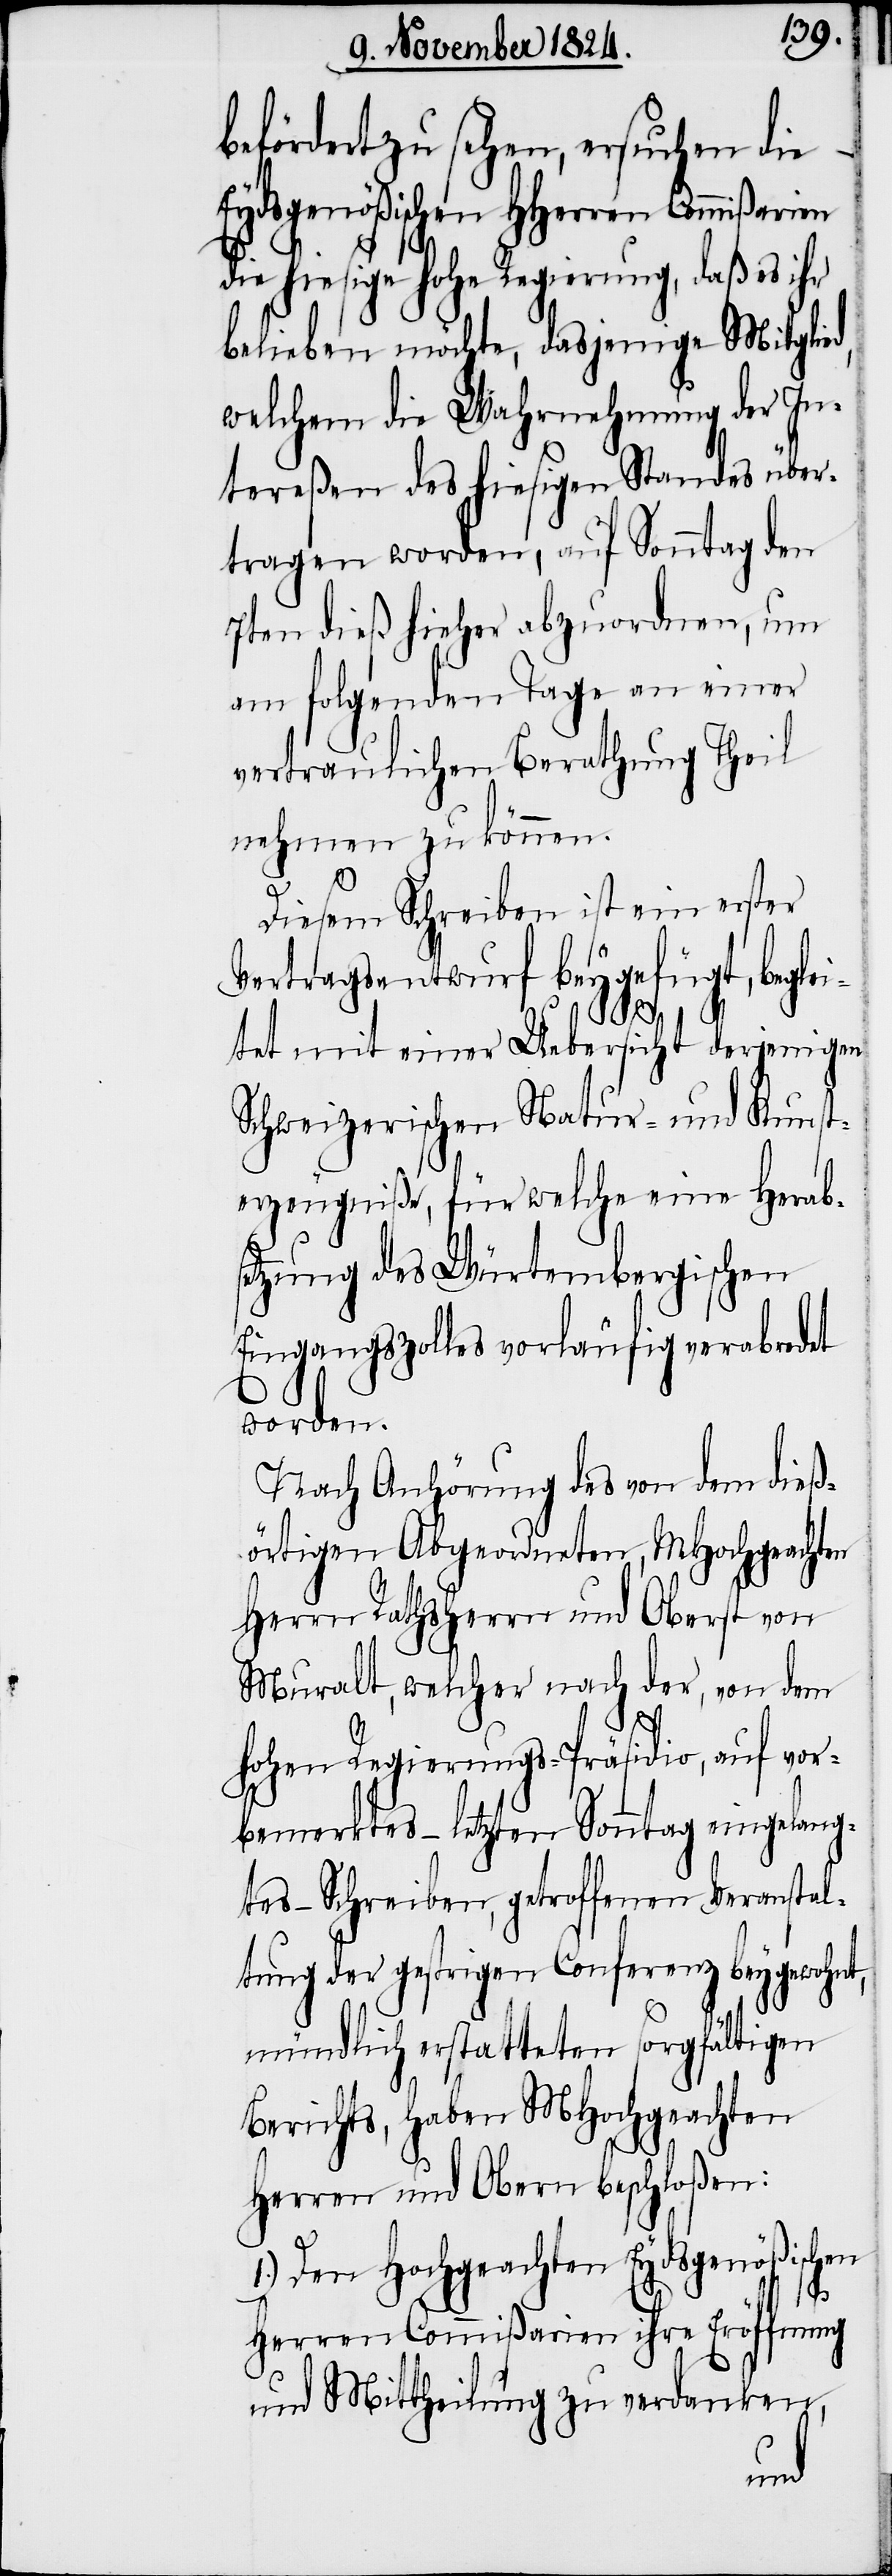
befördert zu sehen, ersuchen die
Eydsgenößischen HHerren Commißari¬
die hiesige hohe Regierung, daß es ihr
belieben möchte, dasjenige Mitglied,
welchem die Wahrnehmung der In¬
tereßen des hiesigen Standes über¬
tragen worden, auf Sonntag den
7ten dieß hieher abzuordnen, um
am folgenden Tage an einer
vertraulichen Berathung Theil
nehmen zu können.
Diesem Schreiben ist ein erster
Vertragsentwurf beygefügt, beglei¬
tet mit einer Uebersicht derjenigen
Schweizerischen Natur- und Kunst¬
erzeugniße, für welche eine Herabs¬
etzung des Würtembergischen
Eingangszolles vorläufig verabredet
worden.
Nach Anhörung des von dem dieß¬
örtigen Abgeordneten, MHochgeachten
Herrn Rathsherrn und Oberst von
Muralt, welcher nach der, von dem
en
hohen Regierungs-Präsidio, auf vor¬
bemerktes – letzten Sonntag eingelang¬
tes – Schreiben, getroffenen Veranstal¬
tung der gestrigen Conferenz beygewohnt,
mündlich erstatteten sorgfältigen
Berichts, haben MHochgeachten
Herren und Obern beschloßen:
1.) Den Hochgeachten Eydsgenößischen
Herren Commißarien ihre Eröffnung
und Mittheilung zu verdanken,